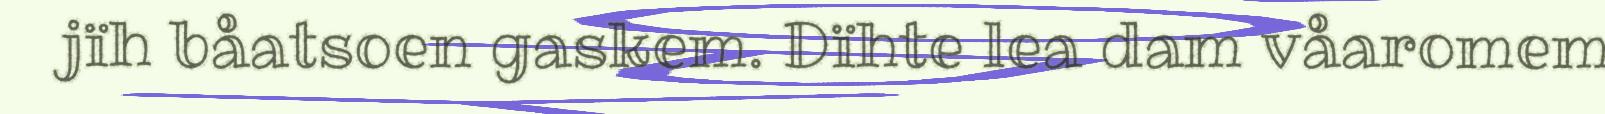
jïh båatsoen gaskem. Dïhte lea dam våaromem